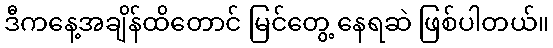
ဒီကနေ့အချိန်ထိတောင် မြင်တွေ့ နေရဆဲ ဖြစ်ပါတယ်။